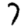
Digit: 7